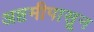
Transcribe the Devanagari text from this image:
अष्टमीपासून